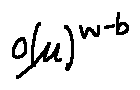
o ( \mu ) ^ { w - b }